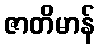
ဇာတိမာန်